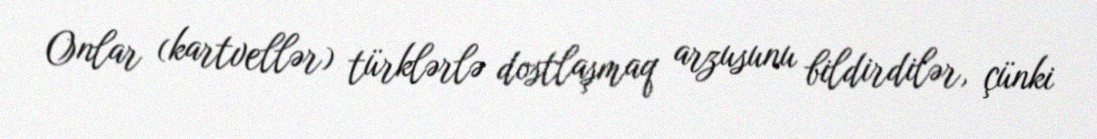
Onlar (kartvellər) türklərlə dostlaşmaq arzusunu bildirdilər, çünki